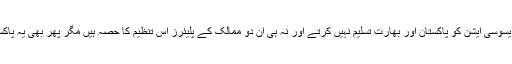
تفصیلات کے مطابق فیڈریشن آف انٹرنیشنل کرکٹرز ایسوسی ایشن کو پاکستان اور بھارت تسلیم نہیں کرتے اور نہ ہی ان دو ممالک کے پلیئرز اس تنظیم کا حصہ ہیں مگر پھر بھی یہ پاکستان کے معاملات میں ٹانگ اڑانے سے باز نہیں آتی۔